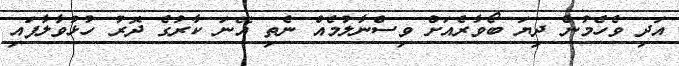
އަދި ވެހެމުން ދިޔަ ބޯވާރެއަށް ވިސްނާލުމެއް ނެތި އޭނަ ކާރުގެ ދޮރު ހުޅުވާލާފައި